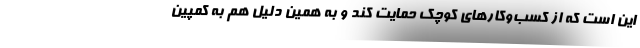
این است که از کسب‌و‌کارهای کوچک حمایت کند و به همین دلیل هم به کمپین